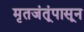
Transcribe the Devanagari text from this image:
मृतजंतूंपासून